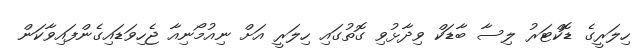
ހިލަރީގެ ޑޮކްޓަރު ލިސާ ބާޑަކް ވިދާޅުވި ގޮތުގައި ހިލަރީ އަށް ނިއުމޯނިއާ ޖެހިވަޑައިގެންފައިވާކަން